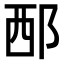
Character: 𨚹